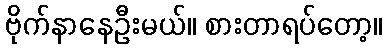
ဗိုက်နာနေဦးမယ်။ စားတာရပ်တော့။